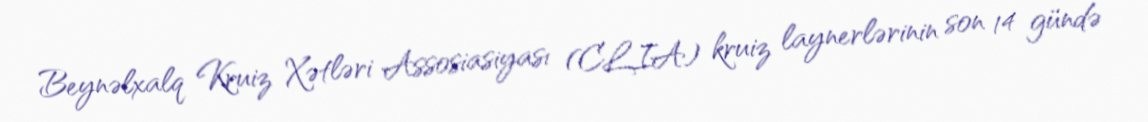
Beynəlxalq Kruiz Xətləri Assosiasiyası (CLIA) kruiz laynerlərinin son 14 gündə